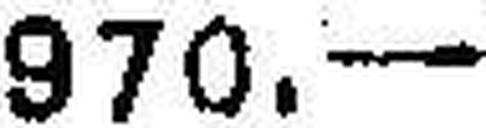
970.—